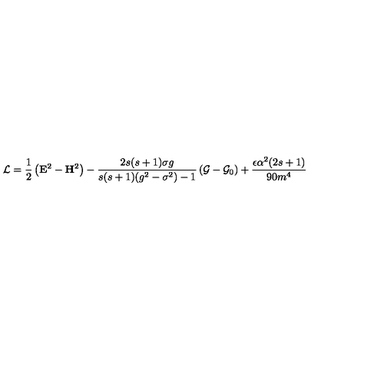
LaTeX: \mathcal { L } = \frac 1 2 \left( \mathbf { E } ^ { 2 } - \mathbf { H } ^ { 2 } \right) - \frac { 2 s ( s + 1 ) \sigma g } { s ( s + 1 ) ( g ^ { 2 } - \sigma ^ { 2 } ) - 1 } \left( \mathcal { G } - \mathcal { G } _ { 0 } \right) + \frac { \epsilon \alpha ^ { 2 } ( 2 s + 1 ) } { 9 0 m ^ { 4 } }